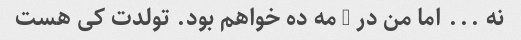
نه ... اما من در 1 مه ده خواهم بود. تولدت کی هست